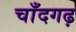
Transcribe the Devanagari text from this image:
चाँदगढ़